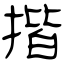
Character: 揩